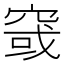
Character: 窢